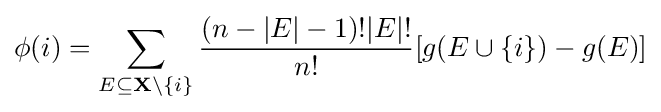
\phi (i)=\sum _{E\subseteq \mathbf {X} \backslash \{i\}}{\frac {(n-|E|-1)!|E|!}{n!}}[g(E\cup \{i\})-g(E)]